Eesti_Vabariigi_Tartu_Ulikool, lk 2
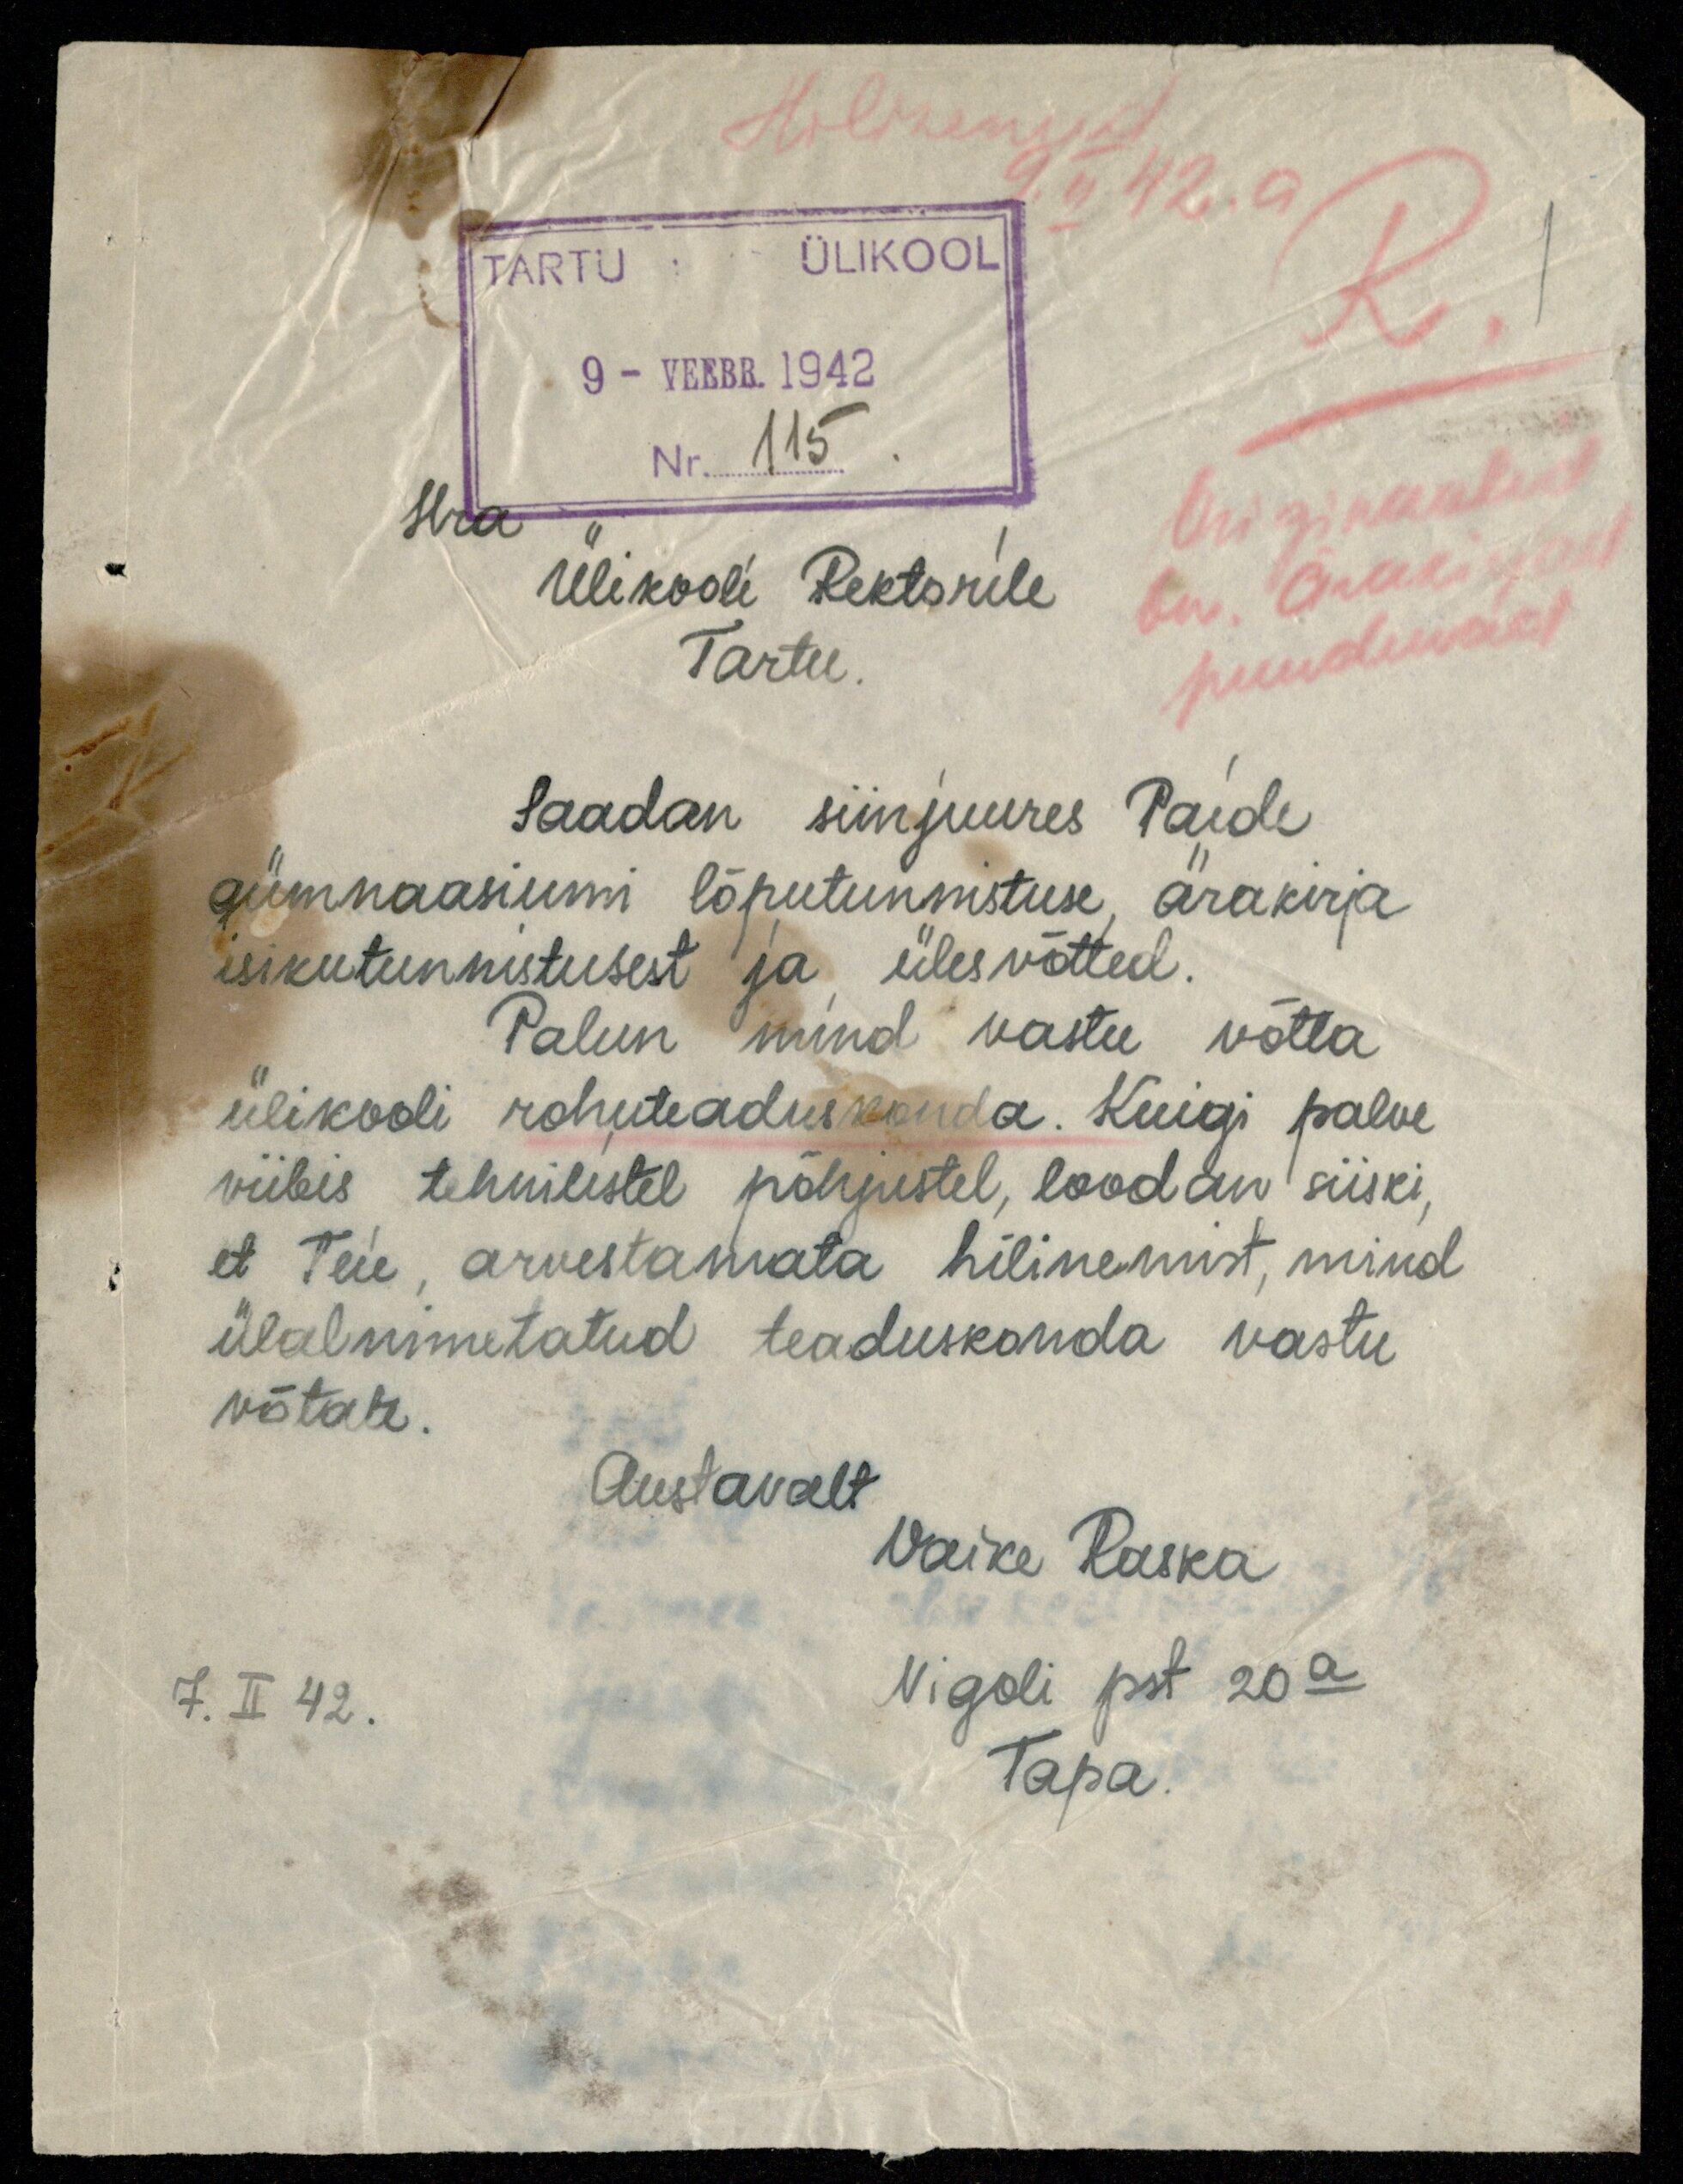
Hilinenud
9. II 42. a
TARTU: ÜLIKOOL
R.
9 - VEEBR. 1942
Nr 115.
Hra
Originaalid
Ülikooli Rektorile
on. Ärakirjad
Tartu
puuduvad
Saadan siinjuures Paide
gümnaasiumi lõputunnistuse, ärakirja
isikutunnistusest ja ülesvõtted.
Palun mind vastu võtta
ülikooli rohuteaduskonda. Kuigi palve
viibis tehnilistel põhjustel, loodan siiski,
et Teie, arvestamata hilinemist, mind
ülalnimetatud teaduskonda vastu
võtate.
Austavalt
Vaike Raska
7. II 42.
Nigoli pst 20a
Tapa.